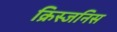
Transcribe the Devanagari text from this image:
क्रिस्जनिस